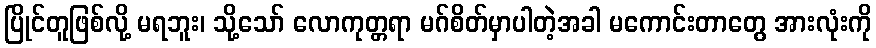
ပြိုင်တူဖြစ်လို့ မရဘူး၊ သို့သော် လောကုတ္တရာ မဂ်စိတ်မှာပါတဲ့အခါ မကောင်းတာတွေ အားလုံးကို